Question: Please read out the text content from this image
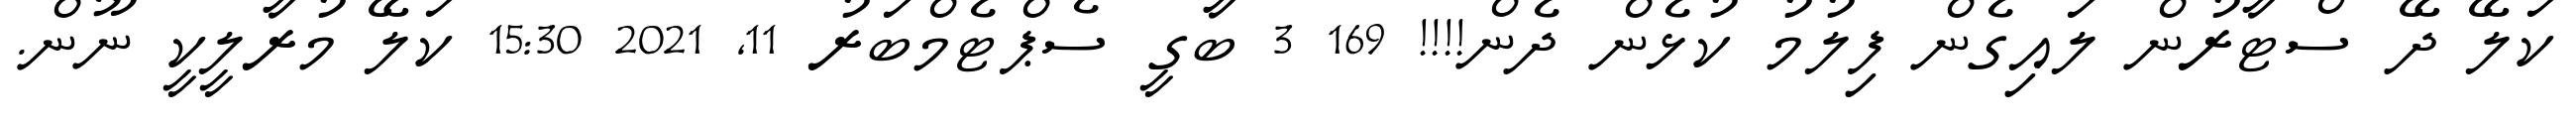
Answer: ކަލޭ ދޭ ސްޓާރުން ލައިގެން ފިލުމު ކުޅެން ދެން!!!! 169 3 ބާގީ ސެޕްޓެމްބަރު 11, 2021 15:30 ކަލޭ މުރާލީކީ ނޫން.